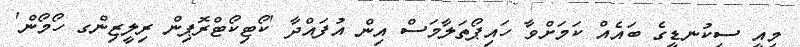
މިއީ ސިކުނޑީގެ ބައެއް ކަމަށްވާ ހައިޕޯތަލާމަސް އިން އުފައްދާ 'ކޯޓިކޯޓްރޮޕިން ރިލީޒިންގ ހޯމޯން'